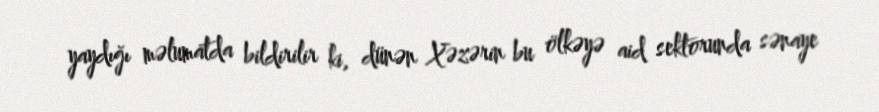
yaydığı məlumatda bildirilir ki, dünən Xəzərin bu ölkəyə aid sektorunda sənaye